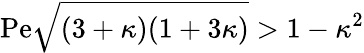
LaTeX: \mathrm{Pe}\sqrt{(3+\kappa)(1+3\kappa)}>1-\kappa^{2}